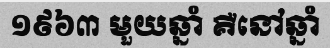
១៩៦៣ មួយឆ្នាំ គឺនៅឆ្នាំ